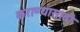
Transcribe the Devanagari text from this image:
कराण्यासाठी